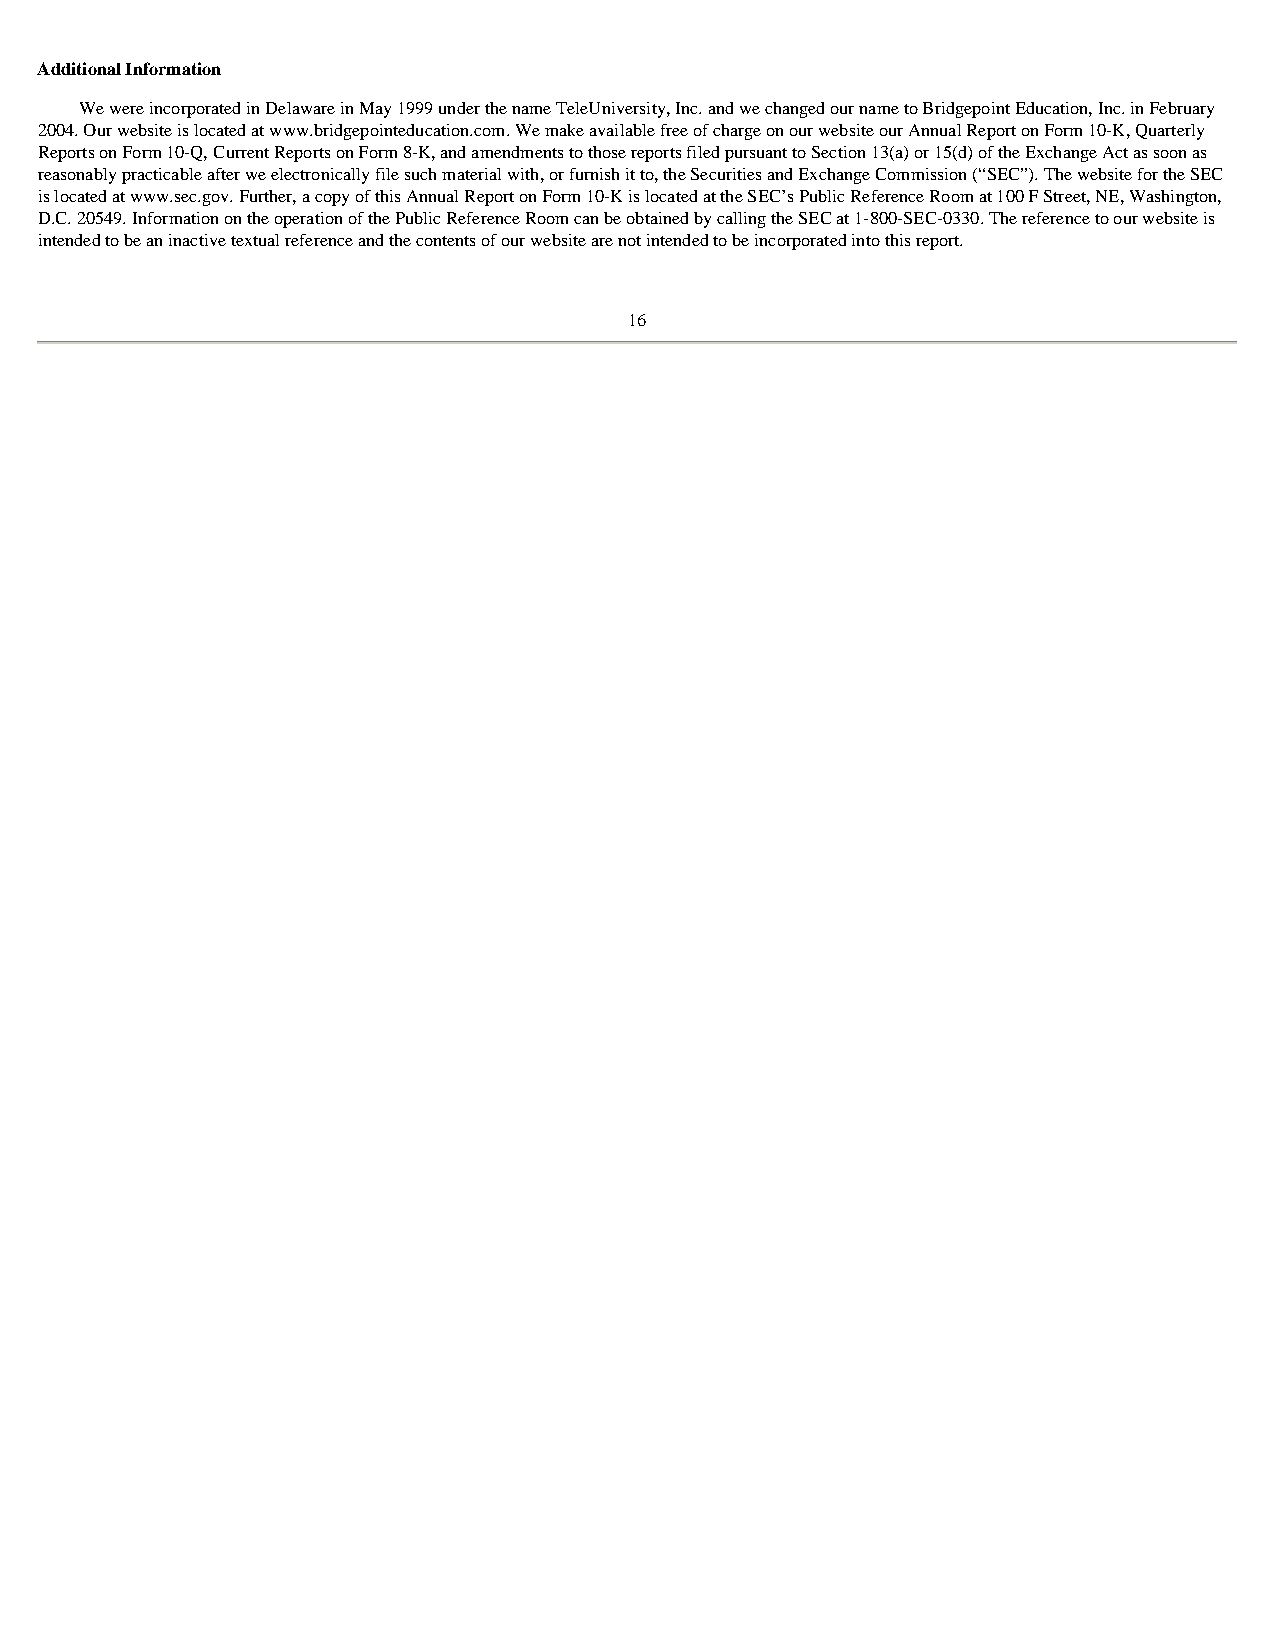
Additional Information
 We were incorporated in Delaware in May 1999 under the name TeleUniversity, Inc. and we changed our name to Bridgepoint Education, Inc. in February
 2004. Our website is located at www.bridgepointeducation.com. We make available free of charge on our website our Annual Report on Form 10-K, Quarterly
 Reports on Form 10-Q, Current Reports on Form 8-K, and amendments to those reports filed pursuant to Section 13(a) or 15(d) of the Exchange Act as soon as
 reasonably practicable after we electronically file such material with, or furnish it to, the Securities and Exchange Commission (“SEC”). The website for the SEC
 is located at www.sec.gov. Further, a copy of this Annual Report on Form 10-K is located at the SEC’s Public Reference Room at 100 F Street, NE, Washington,
 D.C. 20549. Information on the operation of the Public Reference Room can be obtained by calling the SEC at 1-800-SEC-0330. The reference to our website is
 intended to be an inactive textual reference and the contents of our website are not intended to be incorporated into this report.
 16